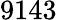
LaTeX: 9143